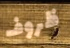
ظروف